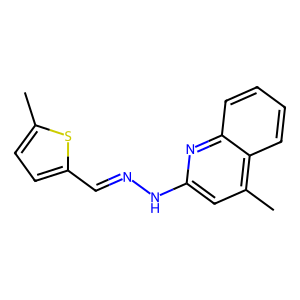
SMILES: Cc1ccc(C=NNc2cc(C)c3ccccc3n2)s1
Inhibits HIV replication: No